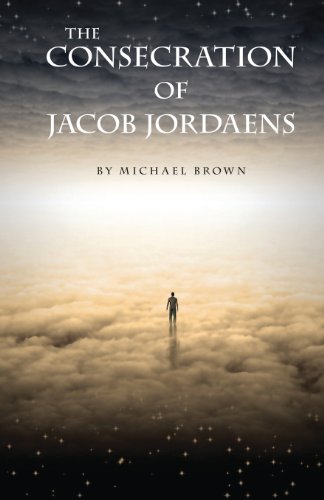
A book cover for The Consecration of Jacob Jordaens; Michael Brown; Science Fiction & Fantasy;